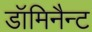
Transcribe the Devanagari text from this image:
डॉमिनैन्ट